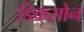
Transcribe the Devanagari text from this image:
डिकसोन